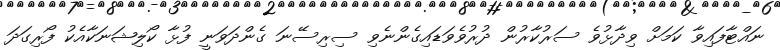
ނައްޓާފައިވާ ކަމަށް ވިދާޅުވެ ސަރުކާރުން ދުރުވެވަޑައިގެންނެވި ސިރިސޭނަ ގެންދަވަނީ ފުޅާ ކޯލިޝަނަކާއެކު ފޯރިގަދަ